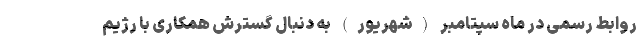
روابط رسمی در ماه سپتامبر (شهریور) به دنبال گسترش همکاری با رژیم